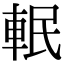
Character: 䡑